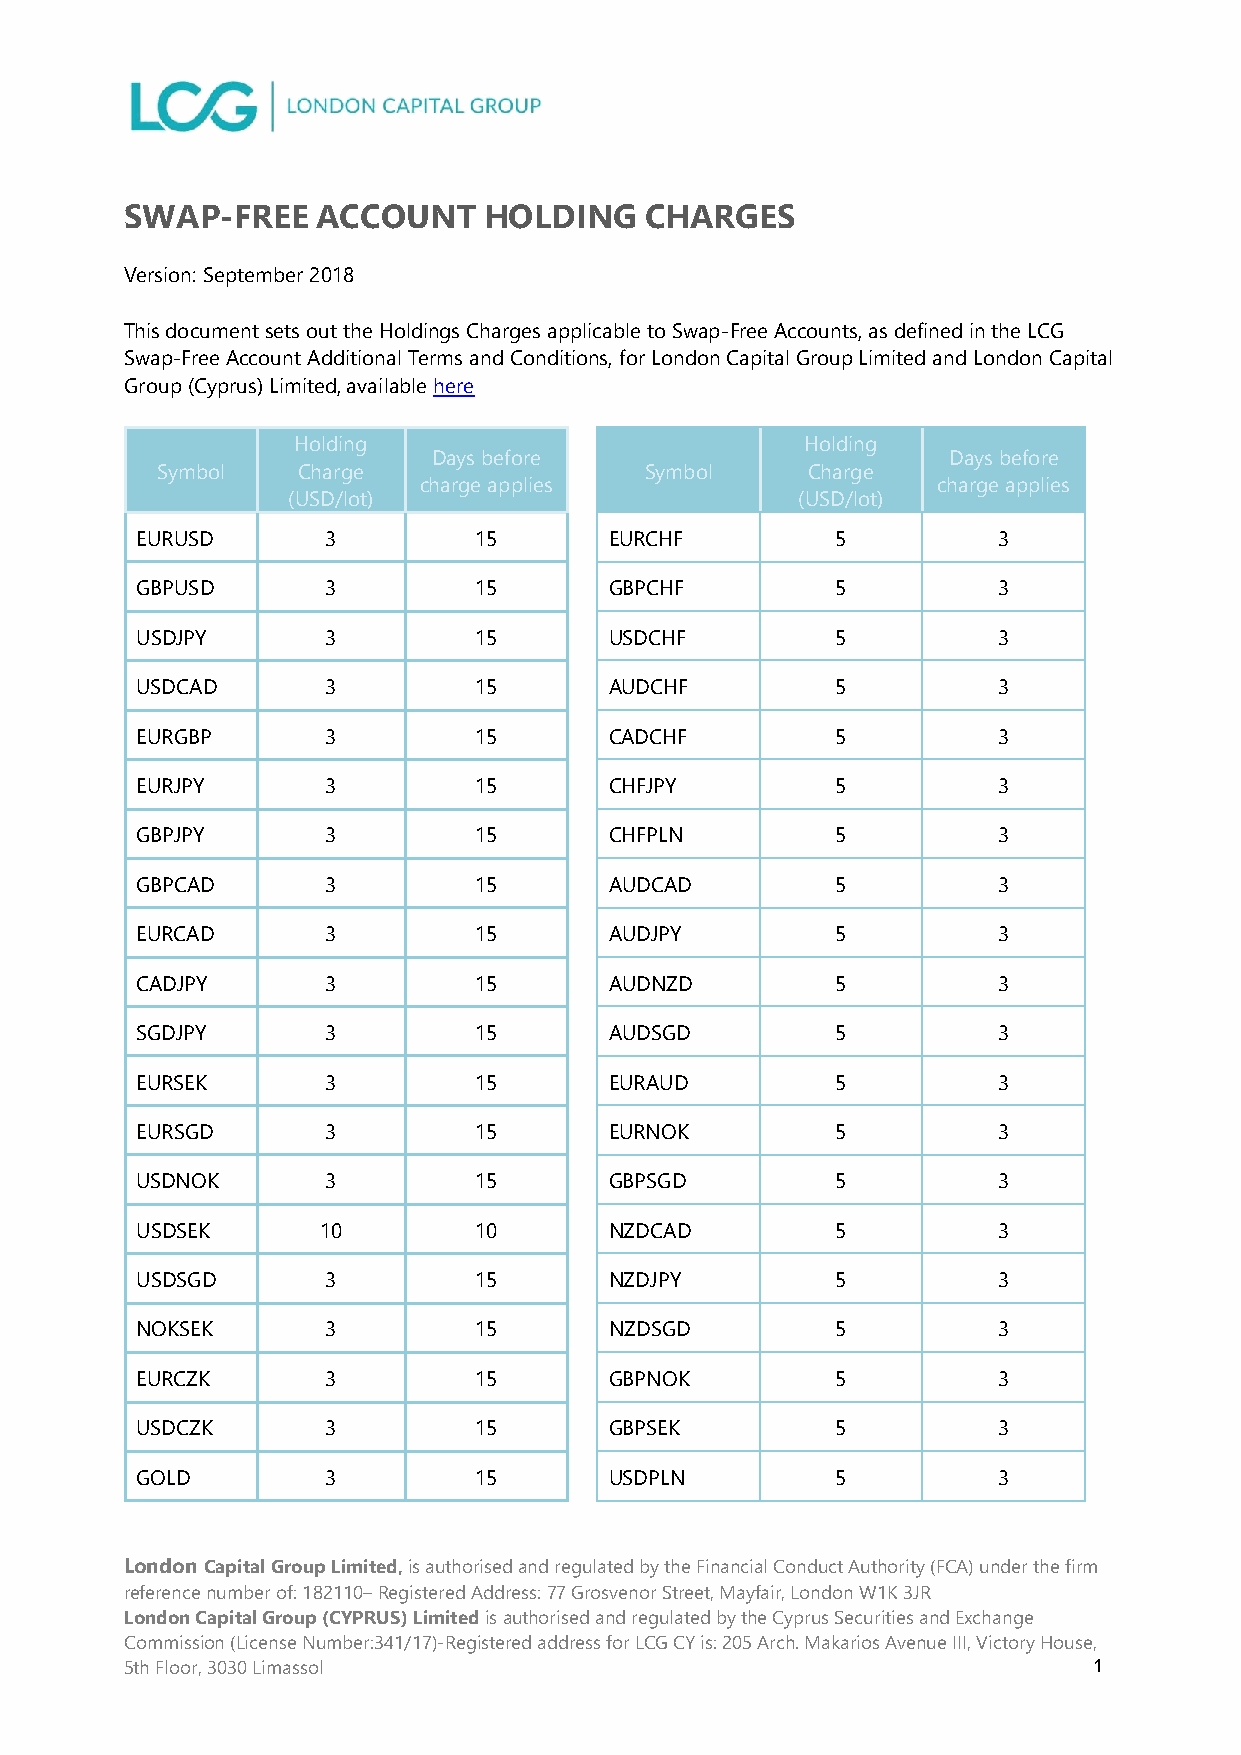
SWAP-FREE    ACCOUNT    HOLDING    CHARGES
 Version: September 2018
 This document sets out the Holdings Charges applicable to Swap-Free Accounts, as defined in the LCG
 Swap-Free Account Additional Terms and Conditions, for London Capital Group Limited and London Capital
 Group (Cyprus) Limited, available here
 Holding                           Holding
 Days before                       Days before
 Symbol    Charge                 Symbol    Charge
 charge applies                    charge applies
 (USD/lot)                         (USD/lot)
 EURUSD       3        15       EURCHF         5          3
 GBPUSD       3        15       GBPCHF         5          3
 USDJPY       3        15       USDCHF         5          3
 USDCAD       3        15       AUDCHF         5          3
 EURGBP       3        15       CADCHF         5          3
 EURJPY       3        15       CHFJPY         5          3
 GBPJPY       3        15       CHFPLN         5          3
 GBPCAD       3        15       AUDCAD         5          3
 EURCAD       3        15       AUDJPY         5          3
 CADJPY       3        15       AUDNZD         5          3
 SGDJPY       3        15       AUDSGD         5          3
 EURSEK       3        15       EURAUD         5          3
 EURSGD       3        15       EURNOK         5          3
 USDNOK       3        15       GBPSGD         5          3
 USDSEK      10        10       NZDCAD         5          3
 USDSGD       3        15       NZDJPY         5          3
 NOKSEK       3        15       NZDSGD         5          3
 EURCZK       3        15       GBPNOK         5          3
 USDCZK       3        15       GBPSEK         5          3
 GOLD         3        15       USDPLN         5          3
 London Capital Group Limited, is authorised and regulated by the Financial Conduct Authority (FCA) under the firm
 reference number of: 182110– Registered Address: 77 Grosvenor Street, Mayfair, London W1K 3JR
 London Capital Group (CYPRUS) Limited is authorised and regulated by the Cyprus Securities and Exchange
 Commission (License Number:341/17)-Registered address for LCG CY is: 205 Arch. Makarios Avenue III, Victory House,
 5th Floor, 3030 Limassol                                        1